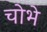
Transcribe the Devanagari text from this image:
चोभे